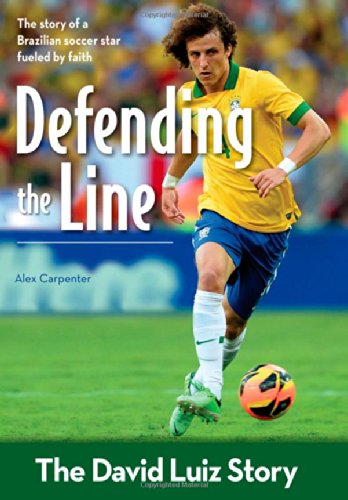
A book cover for Defending the Line: The David Luiz Story (ZonderKidz Biography); Alex Carpenter; Children's Books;